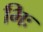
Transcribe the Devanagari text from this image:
भिः